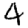
Digit: 4